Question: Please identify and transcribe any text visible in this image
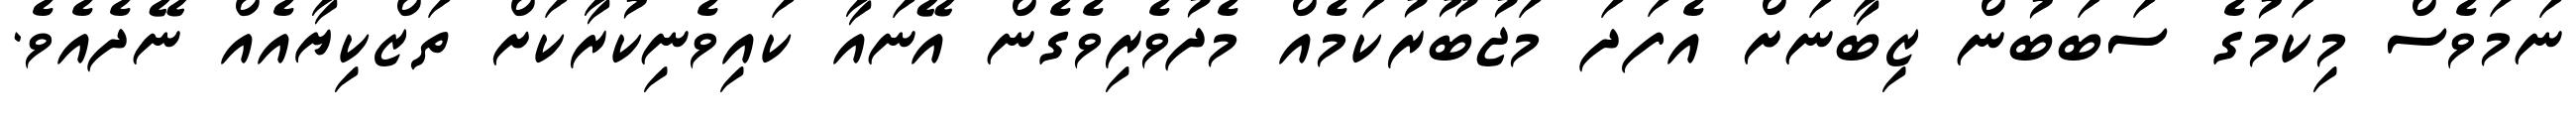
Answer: ނަމަވެސް މިކަމުގެ ސަބަބުން ޒިބާނަށް އެފަދަ މަޖުބޫރުކަމެއް މެދުވެރިވެގެން އޭނައާ ކައިވެނިކުރާކަށް ތަޒްކިޔާއެއް ނޭދެއެވެ.